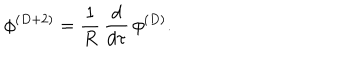
LaTeX: \phi ^ { ( D + 2 ) } = { \frac { 1 } { R } } \, { \frac { d } { d \tau } } \, \phi ^ { ( D ) } .